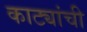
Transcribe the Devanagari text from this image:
काट्यांची